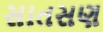
સાતસણ